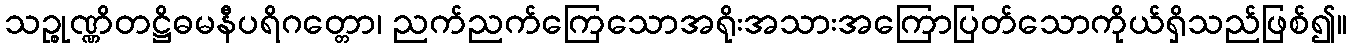
သဉ္စုဏ္ဏိတဋ္ဌိဓမနီပရိဂတ္တော၊ ညက်ညက်ကြေသောအရိုးအသားအကြောပြတ်သောကိုယ်ရှိသည်ဖြစ်၍။